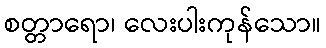
စတ္တာရော၊ လေးပါးကုန်သော။